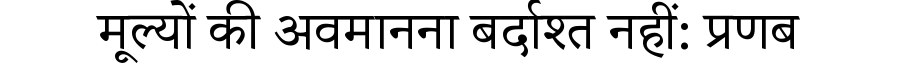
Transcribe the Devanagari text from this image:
मूल्यों की अवमानना बर्दाश्त नहीं: प्रणब